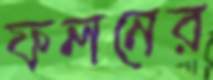
ফলনের